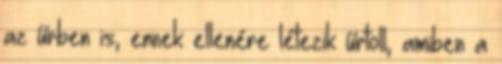
az űrben is, ennek ellenére létezik űrtoll, amiben a